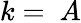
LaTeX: k=~A